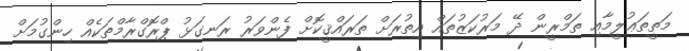
މަތީތަޢުލީމާއި ތަމްރީން ދޭ މަރުކަޒުތައް އިތުރަށް ތަރައްޤީކޮށް ފެންވަރު ރަނގަޅު ޕްރޮގްރާމްތަކެއް ހިންގުމަށް